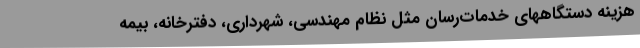
هزینه دستگاههای خدمات‌رسان مثل نظام مهندسی، شهرداری، دفترخانه، بیمه